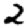
Digit: 2